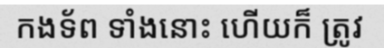
កងទ័ព ទាំងនោះ ហើយក៏ ត្រូវ